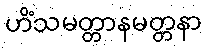
ဟိံသမတ္တာနမတ္တနာ